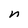
Character: n